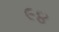
૯૪